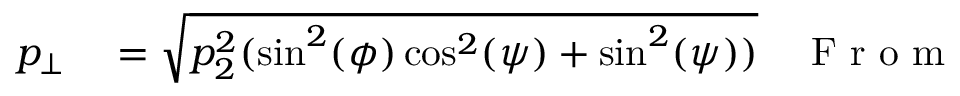
\begin{array} { r l r } { p _ { \perp } } & { { } = \sqrt { p _ { 2 } ^ { 2 } ( \sin ^ { 2 } ( \phi ) \cos ^ { 2 } ( \psi ) + \sin ^ { 2 } ( \psi ) ) } } & { \mathrm { ~ F ~ r ~ o ~ m ~ } } \end{array}